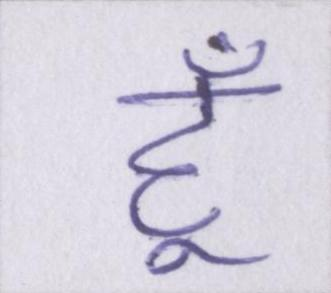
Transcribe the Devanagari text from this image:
हूँ